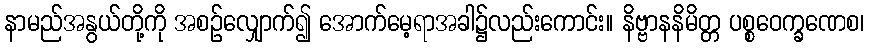
နာမည်အနွယ်တို့ကို အစဉ်လျှောက်၍ အောက်မေ့ရာအခါ၌လည်းကောင်း။ နိဗ္ဗာနနိမိတ္တ ပစ္စဝေက္ခဏေစ၊